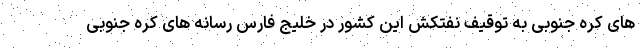
های کره جنوبی به توقیف نفتکش این کشور در خلیج فارس رسانه های کره جنوبی